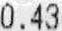
0.43